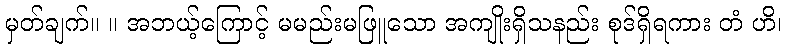
မှတ်ချက်။ ။ အဘယ့်ကြောင့် မမည်းမဖြူသော အကျိုးရှိသနည်း စုဒ်ရှိရကား တံ ဟိ၊